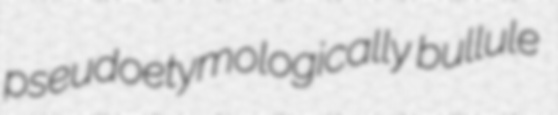
pseudoetymologically bullule